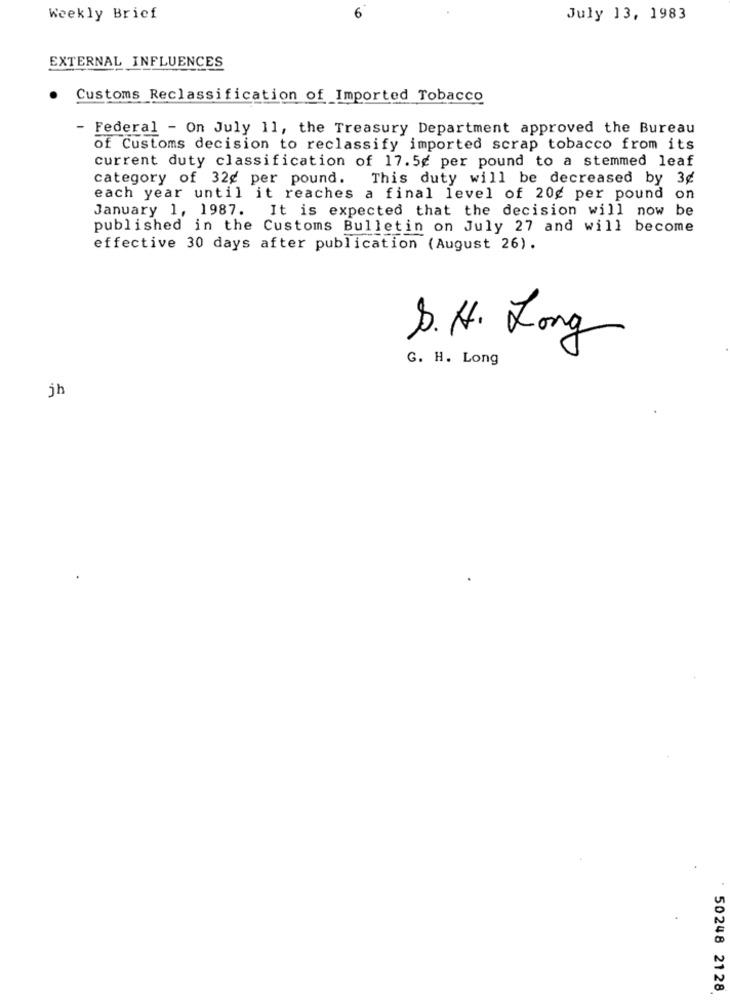
Weekly Brief
July 13, 1983
EXTERNAL INFLUENCES
Customs Reclassification of Imported Tobacco
- Federal - On July 11, the Treasury Department approved the Bureau
of Customs decision to reclassify imported scrap tobacco from its
current duty classification of 17.5g per pound to a stemmed leaf
category of 32¢ per pound. This duty will be decreased by 3¢
each year until it reaches a final level of 20g per pound on
January 1, 1987.
It is expected that the decision will now be
published in the Customs Bulletin on July 27 and will become
effective 30 days after publication (August 26).
S.H. Long
G. H. Long
jh
50248 2128